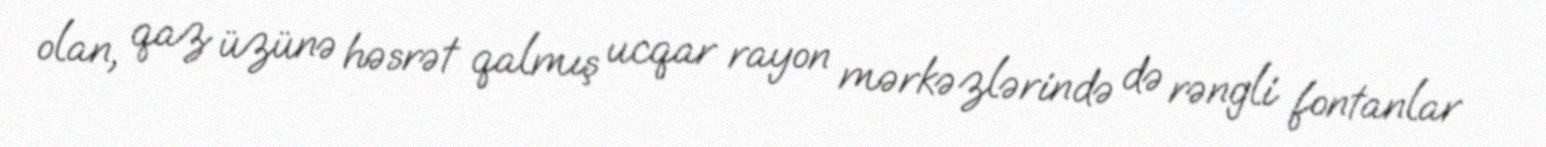
olan, qaz üzünə həsrət qalmış ucqar rayon mərkəzlərində də rəngli fontanlar